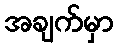
အချက်မှာ